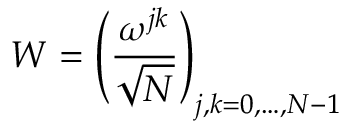
W = \left( { \frac { \omega ^ { j k } } { \sqrt { N } } } \right) _ { j , k = 0 , \ldots , N - 1 }